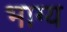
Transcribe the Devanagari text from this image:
भाग्‍य